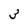
Character: 3